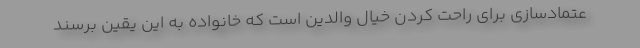
عتمادسازی برای راحت کردن خیال والدین است که خانواده به این یقین برسند